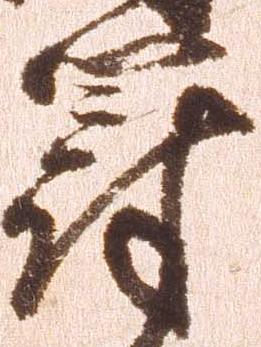
罰